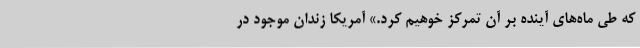
که طی ماه‌های آینده بر آن تمرکز خوهیم کرد.» آمریکا زندان موجود در